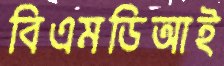
বিএমডিআই